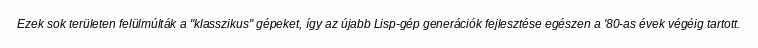
Ezek sok területen felülmúlták a "klasszikus" gépeket, így az újabb Lisp-gép generációk fejlesztése egészen a '80-as évek végéig tartott.